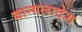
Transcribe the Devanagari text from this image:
बान्गलादेश